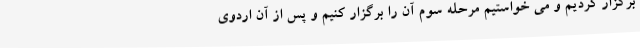
برگزار کردیم و می خواستیم مرحله سوم آن را برگزار کنیم و پس از آن اردوی